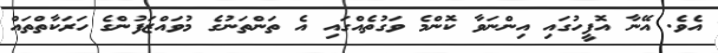
އެވެ. އޭނާ އޮފީހުގައި އިންނަވާ ކޮންމެ ވަގުތެއްގައި އެ ތަންތަނުގެ މުވައްޒަފުންގެ ހަރަކާތްތައް